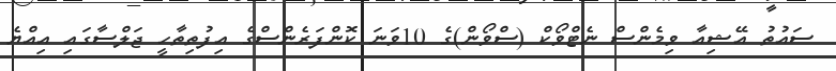
ސައުތު އޭޝިއާ ވިމެންސް ނެޓްވޯކް (ސްވޯން)ގެ 10ވަނަ ކޮންފަރެންސްގެ އިފުތިތާހީ ޖަލްސާގައި އިއްޔެ